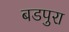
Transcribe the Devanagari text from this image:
बडपुरा